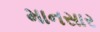
માનસાર